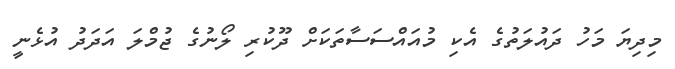
މިދިޔަ މަހު ދައުލަތުގެ އެކި މުއައްސަސާތަކަށް ދޫކުރި ލޯނުގެ ޖުމްލަ އަދަދު އުޅެނީ